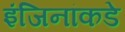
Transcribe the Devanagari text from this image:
इंजिनांकडे